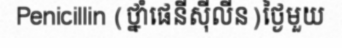
Penicillin (ថ្នាំផេនីស៊ីលីន)ថ្ងៃមួយ